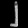
Digit: ၂